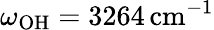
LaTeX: \omega_{\mathrm{OH}}=3264\, \mathrm{cm}^{-1}